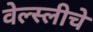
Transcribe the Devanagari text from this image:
वेल्स्लीचे